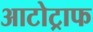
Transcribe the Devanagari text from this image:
आटोट्राफ